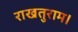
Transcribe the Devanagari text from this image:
राखतुराम।